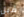
قبل